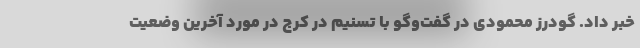
خبر داد. گودرز محمودی در گفت‌وگو با تسنیم در کرج در مورد آخرین وضعیت